Malaria in India - Number 2
Disease focus: Malaria
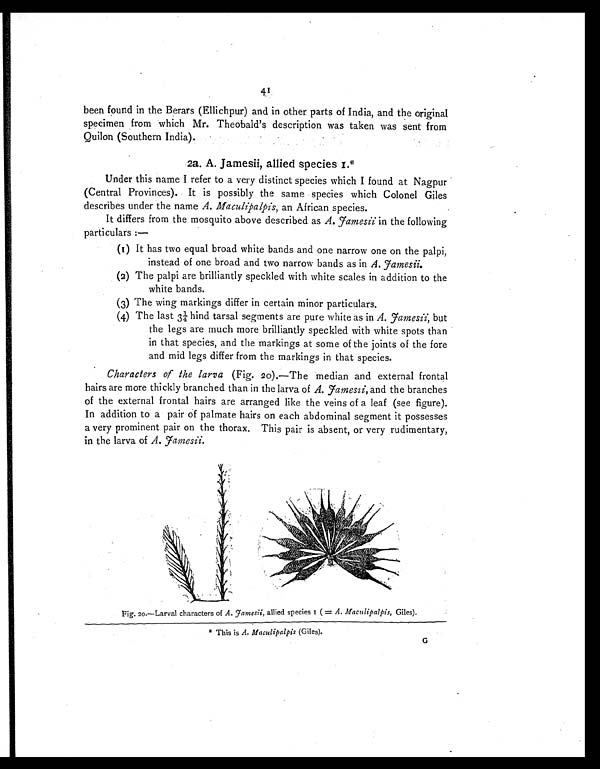
41
been found in the Berars (Ellichpur) and in other parts of India, and the original
specimen from which Mr. Theobald's description was taken was sent from
Quilon (Southern India).
2a. A. Jamesii, allied species I.*
Under this name I refer to a very distinct species which I found at Nagpur
(Central Provinces). It is possibly the same species which Colonel Giles
describes under the name A. Maculipalpis, an African species.
It differs from the mosquito above described as A. Jamesii in the following
particulars :—
(I) It has two equal broad white bands and one narrow one on the palpi,
instead of one broad and two narrow bands as in A. Jamesii.
(2) The palpi are brilliantly speckled with white scales in addition to the
white bands.
(3) The wing markings differ in certain minor particulars.
(4) The last 3¼ hind tarsal segments are pure white as in A. Jamesii, but
the legs are much more brilliantly speckled with white spots than
in that species, and the markings at some of the joints of the fore
and mid legs differ from the markings in that species.
Characters of the larva (Fig. 20).—The median and external frontal
hairs are more thickly branched than in the larva of A. Jamesii, and the branches
of the external frontal hairs are arranged like the veins of a leaf (see figure).
In addition to a pair of palmate hairs on each abdominal segment it possesses
a very prominent pair on the thorax. This pair is absent, or very rudimentary,
in the larva of A. Jamesii.
Fig. 20.—Larval characters of A. Jamesii, allied species I (= A. Maculipalpis, Giles).
* This is A. Maculipalpis (Giles).